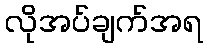
လိုအပ်ချက်အရ